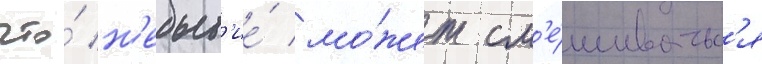
что́ н'ебыт'ие́ мо́жет см'е́шиватьс'я